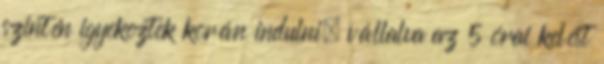
szintén igyekeztek korán indulni, vállalva az 5 órai kelést